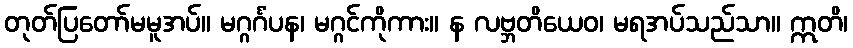
တုတ်ပြတော်မမူအပ်။ မဂ္ဂင်္ဂံပန၊ မဂ္ဂင်ကိုကား။ န လဗ္ဘတိယေဝ၊ မရအပ်သည်သာ။ ဣတိ၊